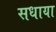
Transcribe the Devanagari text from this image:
सधाया